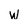
Character: w